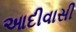
આદીવાસી